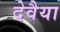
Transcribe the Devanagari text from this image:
देवैया